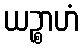
ယဉ္စာဟံ